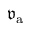
\mathfrak { v } _ { \mathrm { a } }